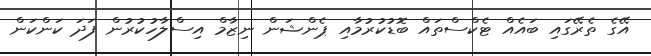
އޭގެ ތެރޭގައި ބައެއް ޓެކްސްތައް ބޮޑުކުރުމާއި ޕެންޝަން ނިޒާމް އިސްލާހުކުރުން ފަދަ ކަންކަން